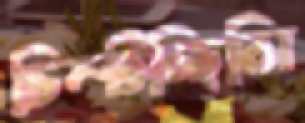
চিম্‌টচ্ছিলি